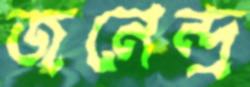
জনেন্দ্র